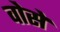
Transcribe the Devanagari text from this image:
वोसे